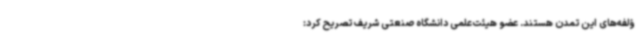
ؤلفه‌های این تمدن هستند. عضو هیئت‌علمی دانشگاه صنعتی شریف تصریح کرد: